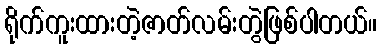
ရိုက်ကူးထားတဲ့ဇာတ်လမ်းတွဲဖြစ်ပါတယ်။